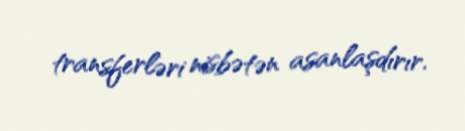
transferləri nisbətən asanlaşdırır.